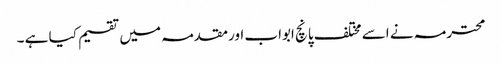
محترمہ نے اسے مختلف پانچ ابواب اورمقدمہ میں تقسیم کیا ہے ۔